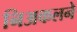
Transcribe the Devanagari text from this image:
निअकलने